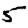
Digit: 5